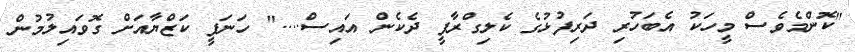
"ކޮންމެވެސް މީހަކު އެބަހުރި ދަރިފުޅުގެ ކެލިގްރާފީ ދެކެން އައިސް...." ހަނަފީ ކަޒްޔާއަށް ގޮވައިލުމުން